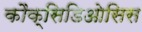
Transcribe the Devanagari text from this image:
कौक्सिडिओसिस